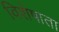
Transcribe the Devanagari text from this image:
विशेषाता